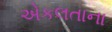
એકલતાના